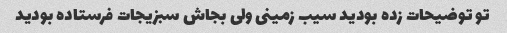
تو توضیحات زده بودید سیب زمینی ولی بجاش سبزیجات فرستاده بودید